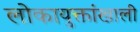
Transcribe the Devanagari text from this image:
लोकायुक्तांखाली